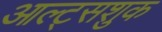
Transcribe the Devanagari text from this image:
आल्ट्सशुक